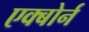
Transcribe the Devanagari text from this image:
एक्बोर्न